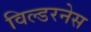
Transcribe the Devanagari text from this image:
विल्डरनेस